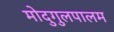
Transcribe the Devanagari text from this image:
मोदुगुलपालम